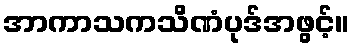
အာကာသကသိဏံပုဒ်အဖွင့်။